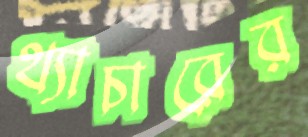
থ্যাচারের